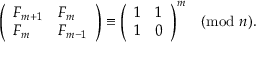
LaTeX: { \left( \begin{array} { l l } { F _ { m + 1 } } & { F _ { m } } \\ { F _ { m } } & { F _ { m - 1 } } \end{array} \right) } \equiv { \left( \begin{array} { l l } { 1 } & { 1 } \\ { 1 } & { 0 } \end{array} \right) } ^ { m } { \pmod { n } } .